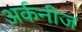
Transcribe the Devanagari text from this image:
अर्कनीज